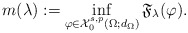
\begin{align*}m(\lambda):=\inf_{\varphi\in \mathcal{X}^{s,p}_0(\Omega; d_{\Omega})} \mathfrak{F}_{\lambda}(\varphi).\end{align*}